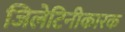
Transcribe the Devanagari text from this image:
जिलेटिनीकारक